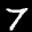
Label: 7